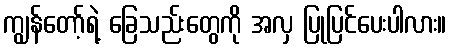
ကျွန်တော့်ရဲ့ ခြေသည်းတွေကို အလှ ပြုပြင်ပေးပါလား။